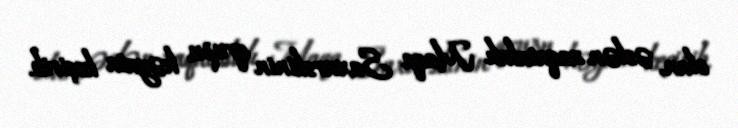
olan, əslən zaqatalalı Maqa Saxurskinin qrupu həyata keçirib.